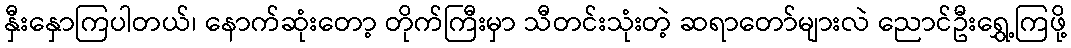
နှီးနှောကြပါတယ်၊ နောက်ဆုံးတော့ တိုက်ကြီးမှာ သီတင်းသုံးတဲ့ ဆရာတော်များလဲ ညောင်ဦးရွှေ့ကြဖို့